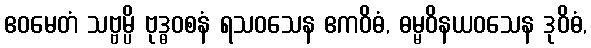
ဧဝမေတံ သဗ္ဗမ္ပိ ဗုဒ္ဓဝစနံ ရသဝသေန ဧကဝိဓံ, ဓမ္မဝိနယဝသေန ဒုဝိဓံ,